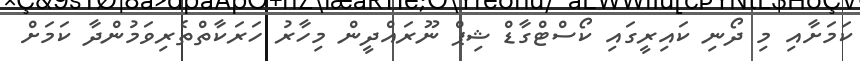
ކަމަށާއި މި ދޯނި ކައިރީގައި ކޯސްޓްގާޑް ޝިޕް ނޫރައްދީން މިހާރު ހަރަކާތްތެރިވަމުންދާ ކަމަށް